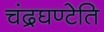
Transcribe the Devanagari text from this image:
चंद्रघण्टेति